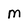
Character: M